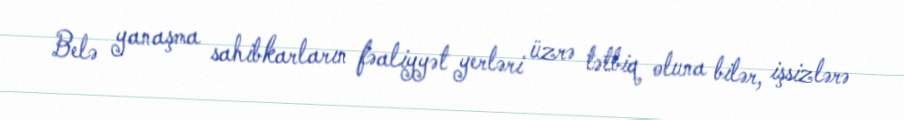
Belə yanaşma sahibkarların fəaliyyət yerləri üzrə tətbiq oluna bilər, işsizlərə